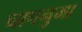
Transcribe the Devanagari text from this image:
चापनुमा